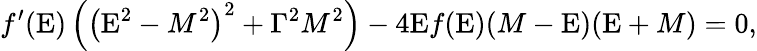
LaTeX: f^{\prime}({\mathrm{E}})\left(\left({\mathrm{E}}^{2}-M^{2}\right)^{2}+\Gamma^{2}M^{2}\right)-4{\mathrm{E}}f({\mathrm{E}})(M-{\mathrm{E}})({\mathrm{E}}+M)=0,